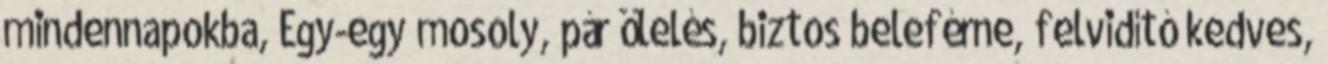
mindennapokba, Egy-egy mosoly, pár ölelés, biztos beleférne, felvidító kedves,